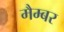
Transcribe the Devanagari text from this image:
मैम्बर